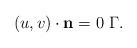
LaTeX: \begin{align*}(u,v)\cdot \textbf{n}=0\,\, \Gamma.\end{align*}